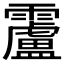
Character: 𩆴